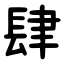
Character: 肆